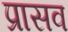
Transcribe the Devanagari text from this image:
प्रासव